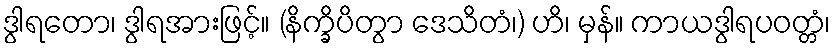
ဒွါရတော၊ ဒွါရအားဖြင့်။ (နိက္ခိပိတွာ ဒေသိတံ၊) ဟိ၊ မှန်။ ကာယဒွါရပဝတ္တံ၊